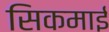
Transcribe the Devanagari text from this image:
सिकमाई